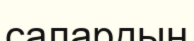
салардың